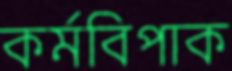
কর্মবিপাক